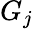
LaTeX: G_{j}